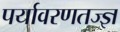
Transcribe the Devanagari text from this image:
पर्यावरणतज्ज्ञ